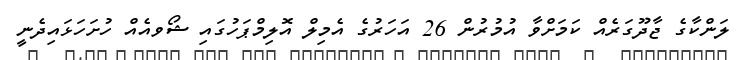
ލަންކާގެ ޖާދޫގަރެއް ކަމަށްވާ އުމުރުން 26 އަހަރުގެ އެމިލް އޮލިމްޕަހުގައި ޝޯވއެއް ހުށަހަޅައިދެނީ